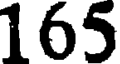
165